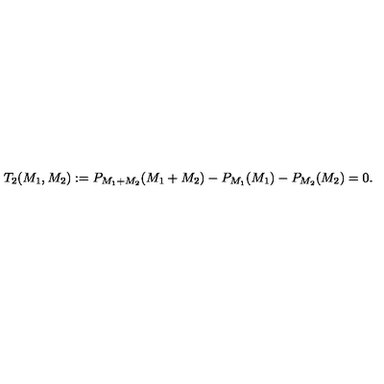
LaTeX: T _ { 2 } ( M _ { 1 } , M _ { 2 } ) : = P _ { M _ { 1 } + M _ { 2 } } ( M _ { 1 } + M _ { 2 } ) - P _ { M _ { 1 } } ( M _ { 1 } ) - P _ { M _ { 2 } } ( M _ { 2 } ) = 0 .